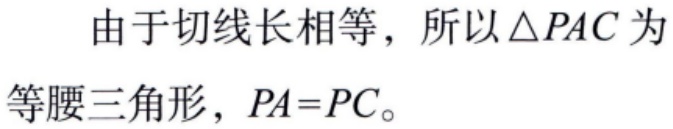
由于切线长相等，所以$\triangle PAC$为等腰三角形，$PA = PC$。